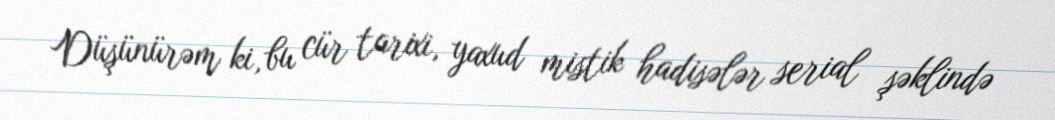
Düşünürəm ki, bu cür tarixi, yaxud mistik hadisələr serial şəklində